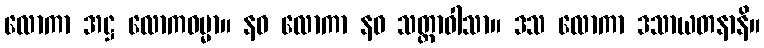
လောကာ အဋ္ဌ လောကဓမ္မာ။ နဝ လောကာ နဝ သတ္တာဝါသာ။ ဒသ လောကာ ဒသာယတနာနိ။